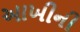
આખીની